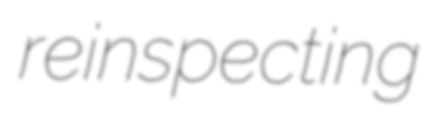
reinspecting